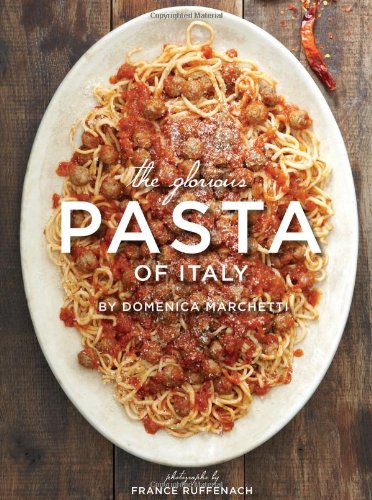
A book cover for The Glorious Pasta of Italy; Domenica Marchetti; Cookbooks, Food & Wine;